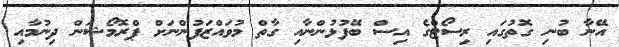
އޭނާ ބުނި ގޮތުގައި ރިސޯޓްގެ އިސް ބޭފުޅުންނާއި ގާތް މުވައްޒަފުންނަށް ޕްރޮމޯޝަން ދިނުމާއި